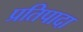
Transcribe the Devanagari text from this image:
प्रतिपादा